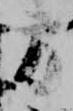
方